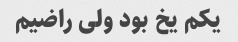
یکم‌ یخ بود ولی راضیم